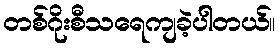
တစ်ဂိုးစီသရေကျခဲ့ပါတယ်။